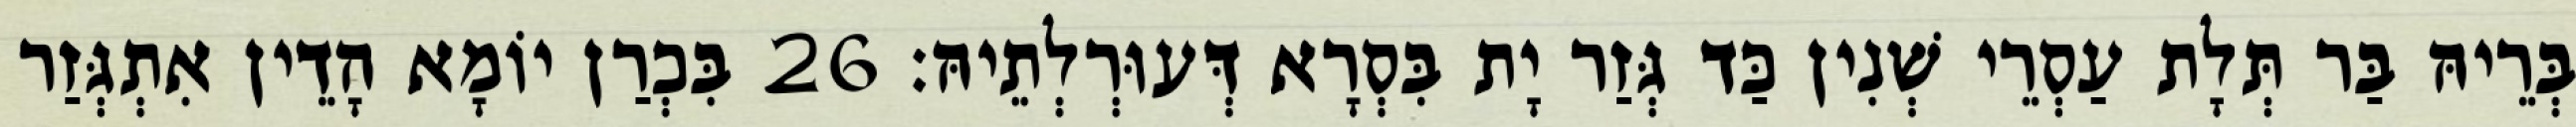
בְּרֵיהּ בַּר תְּלָת עַסְרֵי שְׁנִין כַּד גְּזַר יָת בִּסְרָא דְּעוּרְלְתֵיהּ׃ 26 בִּכְרַן יוֹמָא הָדֵין אִתְגְּזַר